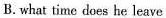
B. what time does he leave